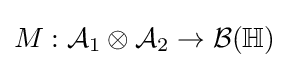
M:{\mathcal {A}}_{1}\otimes {\mathcal {A}}_{2}\to {\mathcal {B}}(\mathbb {H} )